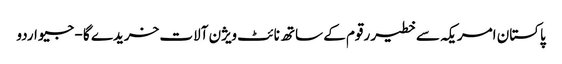
پاکستان امریکہ سے خطیر رقوم کے ساتھ نائٹ ویژن آلات خریدے گا - جیو اردو